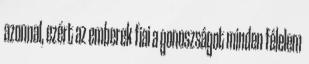
azonnal, ezért az emberek fiai a gonoszságot minden félelem